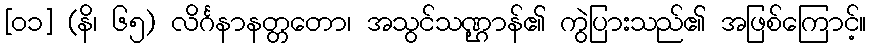
[၀၁] (နိ၊ ၆၅) လိင်္ဂနာနတ္တတော၊ အသွင်သဏ္ဌာန်၏ ကွဲပြားသည်၏ အဖြစ်ကြောင့်။